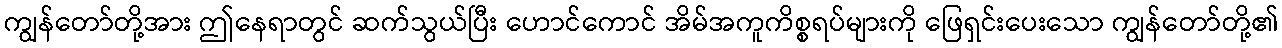
ကျွန်တော်တို့အား ဤနေရာတွင် ဆက်သွယ်ပြီး ဟောင်ကောင် အိမ်အကူကိစ္စရပ်များကို ဖြေရှင်းပေးသော ကျွန်တော်တို့၏